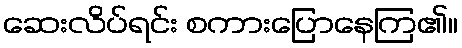
ဆေးလိပ်ရင်း စကားပြောနေကြ၏။